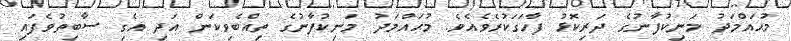
މުޙައްމަދު މަނިކުފާނުގެ ދަރިކޮޅު ފާހަގަކުރެވެއެވެ. މުޙައްމަދު މަނިކުފާނުގެ ތިއްބެވިކަން އަދި އެގި ސާބިތުވެފައި